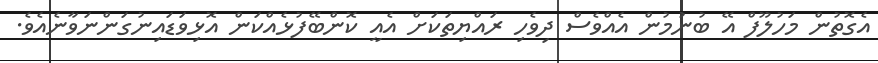
އެގޮތުން މަހުލޫފް އޭ ބުނުމުން އެއްވެސް ދިވެހި ރައްޔިތަކަށް އެއީ ކޮންބޭފުޅެއްކަން އޮޅިވަޑައިނުގަންނަވާނެއެވެ.